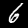
Digit: 6